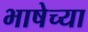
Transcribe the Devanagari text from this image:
भाषेच्‍या